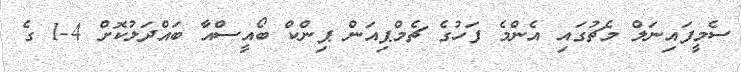
ސެމީފައިނަލް މެޗުގައި އެންމެ ފަހުގެ ޗެމްޕިއަން ޕިންކް ބޯއީސްއާ ބައްދަލުކޮށް 4-1 ގެ